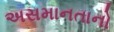
અસમાનતાનો